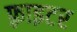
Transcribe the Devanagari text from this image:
फ़्राइटर